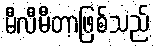
မီလီမီတာဖြစ်သည်